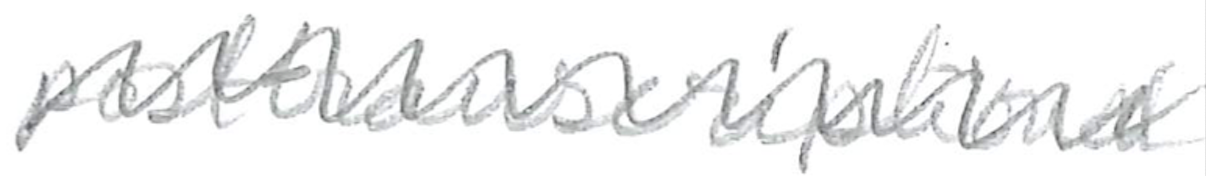
Text: posttranscriptional
Cross-out: zig-zag
Writing tool: pencil